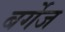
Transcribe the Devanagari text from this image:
बर्गेज